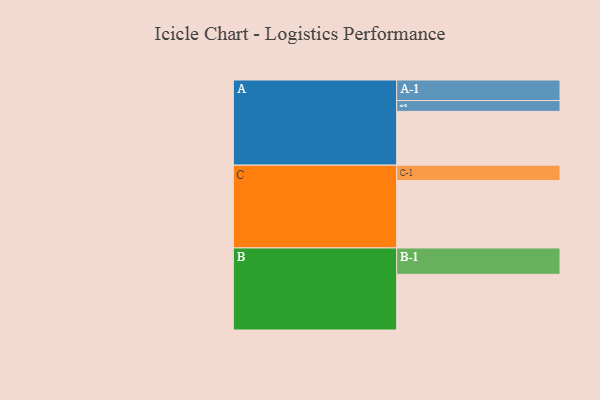
{"axis": {"x": "Segment", "y": "Value"}, "legend": ["", "A", "B", "C"], "data": [{"x": "A", "y": 429, "type": ""}, {"x": "B", "y": 444, "type": ""}, {"x": "C", "y": 537, "type": ""}, {"x": "A-1", "y": 164, "type": "A"}, {"x": "A-2", "y": 86, "type": "A"}, {"x": "B-1", "y": 210, "type": "B"}, {"x": "C-1", "y": 123, "type": "C"}]}